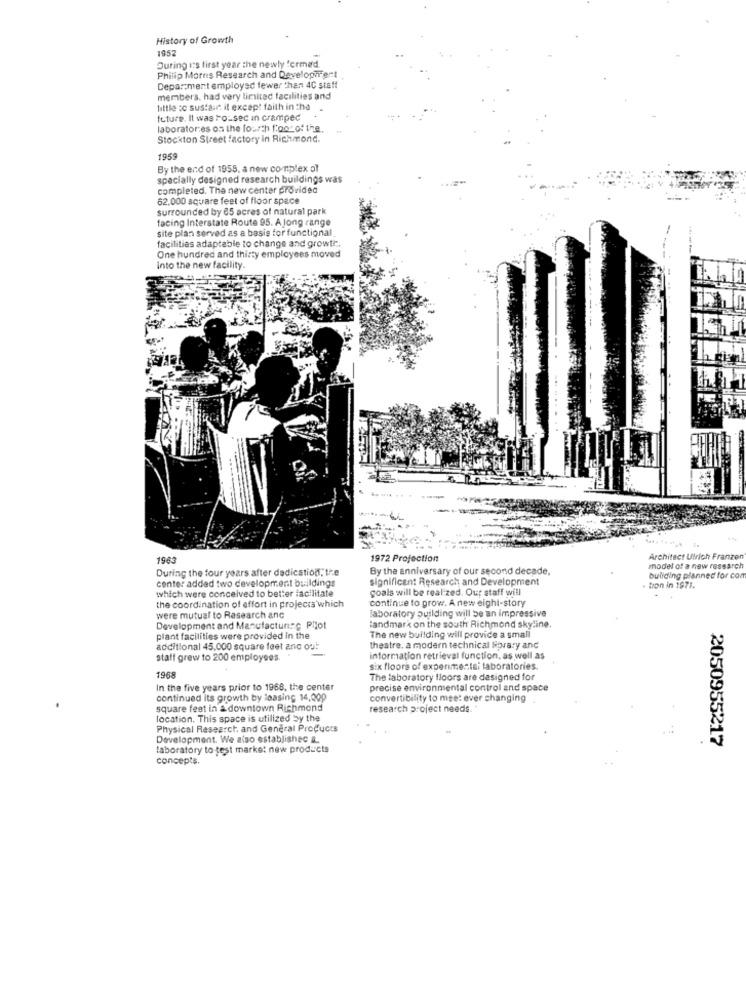
History of Growth
1952
During its first year the newly formed.
Philip Morns Research and Development
Department employed fewer than 4C staff
members, had very limited facilities and
little :c sustar it except faith in the
future. It was Foused in cramped
laboratories os the fourth foot of the.
Stockton Street factory in Richmond.
1959
By the end of 1955, a new complex of
specially designed research buildings was
completed. The new center provided
62.000 square feet of floor space
surrounded by 65 acres of natural park
facing Interstate Route 95. A long range
site plan served as a basis for functional
facilities adaptable to change and growth.
One hundred and thirty employees moved
Into the new facility.
44
1963
1972 Projection
Architect Ulrich Franzen
During the four years after dedication, the
By the anniversary of our second decade.
model of a new research
center added two development buildings
significant Research and Development
buliding planned for com
which were conceived to better facilitate
goals will be realized. Our staff will
. tion in 1971.
continue to grow. A new eight-story
the coordination of effort in projects which
laboratory building will be an Impressive
were mutual to Research anc
Development and Manufacturing Plot
landmark on the south Richmond skyline.
The new building will provide a small
plant facilities were provided in the
additional 45,000 square feet anc ou!
theatre. a modern technical Norary and
statt grew to 200 employees.
information retrieval function, as well as
six floors of experimental laboratories.
1968
The laboratory floors are designed for
In the five years prior to 1968, the center
precise environmental control and space
continued its growth by loasing 14,009
convertibility to meet ever changing
square feet in a downtown Richmond
research project needs ..
location. This space is utilized by the
Physical Research and General Products
Development. We also established &
2050955217
laboratory to test marke: new products
concepts.